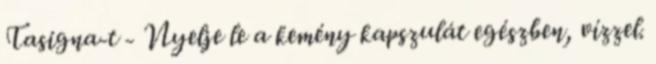
Tasigna-t - Nyelje le a kemény kapszulát egészben, vízzel.